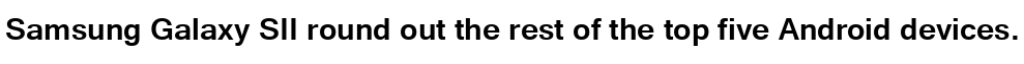
Samsung Galaxy SII round out the rest of the top five Android devices.